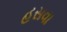
હસવા